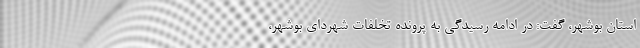
استان بوشهر، گفت: در ادامه رسیدگی به پرونده تخلفات شهردای بوشهر،